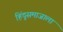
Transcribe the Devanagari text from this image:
हिंदूसमाजाला